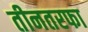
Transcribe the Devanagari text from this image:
तीनतरफा